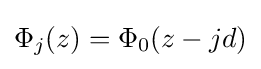
\Phi _{j}(z)=\Phi _{0}(z-jd)